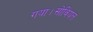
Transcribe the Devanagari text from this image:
गया।सोवियत